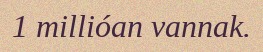
1 millióan vannak.